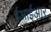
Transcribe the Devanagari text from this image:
ईआईआर